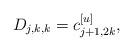
LaTeX: \begin{align*}D_{j,k,k} = c_{j+1,2k}^{[u]},\end{align*}